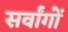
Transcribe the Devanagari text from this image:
सर्वांगों